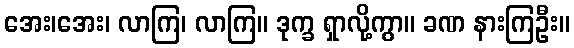
အေး၊အေး၊ လာကြ၊ လာကြ။ ဒုက္ခ ရှာလို့ကွာ။ ခဏ နားကြဦး။